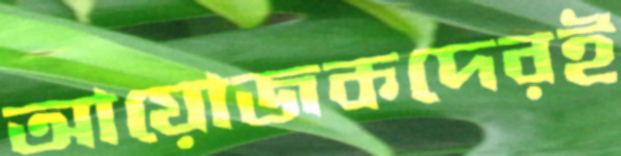
আয়োজকদেরই